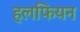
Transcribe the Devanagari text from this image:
हलफियन